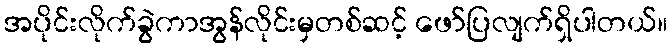
အပိုင်းလိုက်ခွဲကာအွန်လိုင်းမှတစ်ဆင့် ဖော်ပြလျက်ရှိပါတယ်။